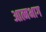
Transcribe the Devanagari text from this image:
आत्मभाग